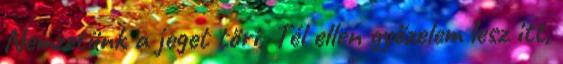
Nemzetünk a jeget töri, Tél ellen győzelem lesz itt,